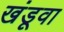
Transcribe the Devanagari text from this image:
खंडूवा